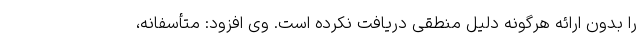
را بدون ارائه هرگونه دلیل منطقی دریافت نکرده است. وی افزود: متأسفانه،